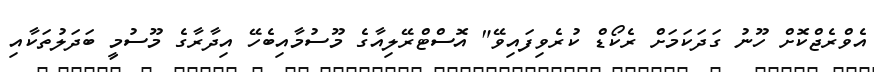
އެވްރެޖްކޮށް ހޫނު ގަދަކަމަށް ރެކޯޑް ކުރެވިފައިވޭ" އޮސްޓްރޭލިއާގެ މޫސުމާއިބެހޭ އިދާރާގެ މޫސުމީ ބަދަލުތަކާއި